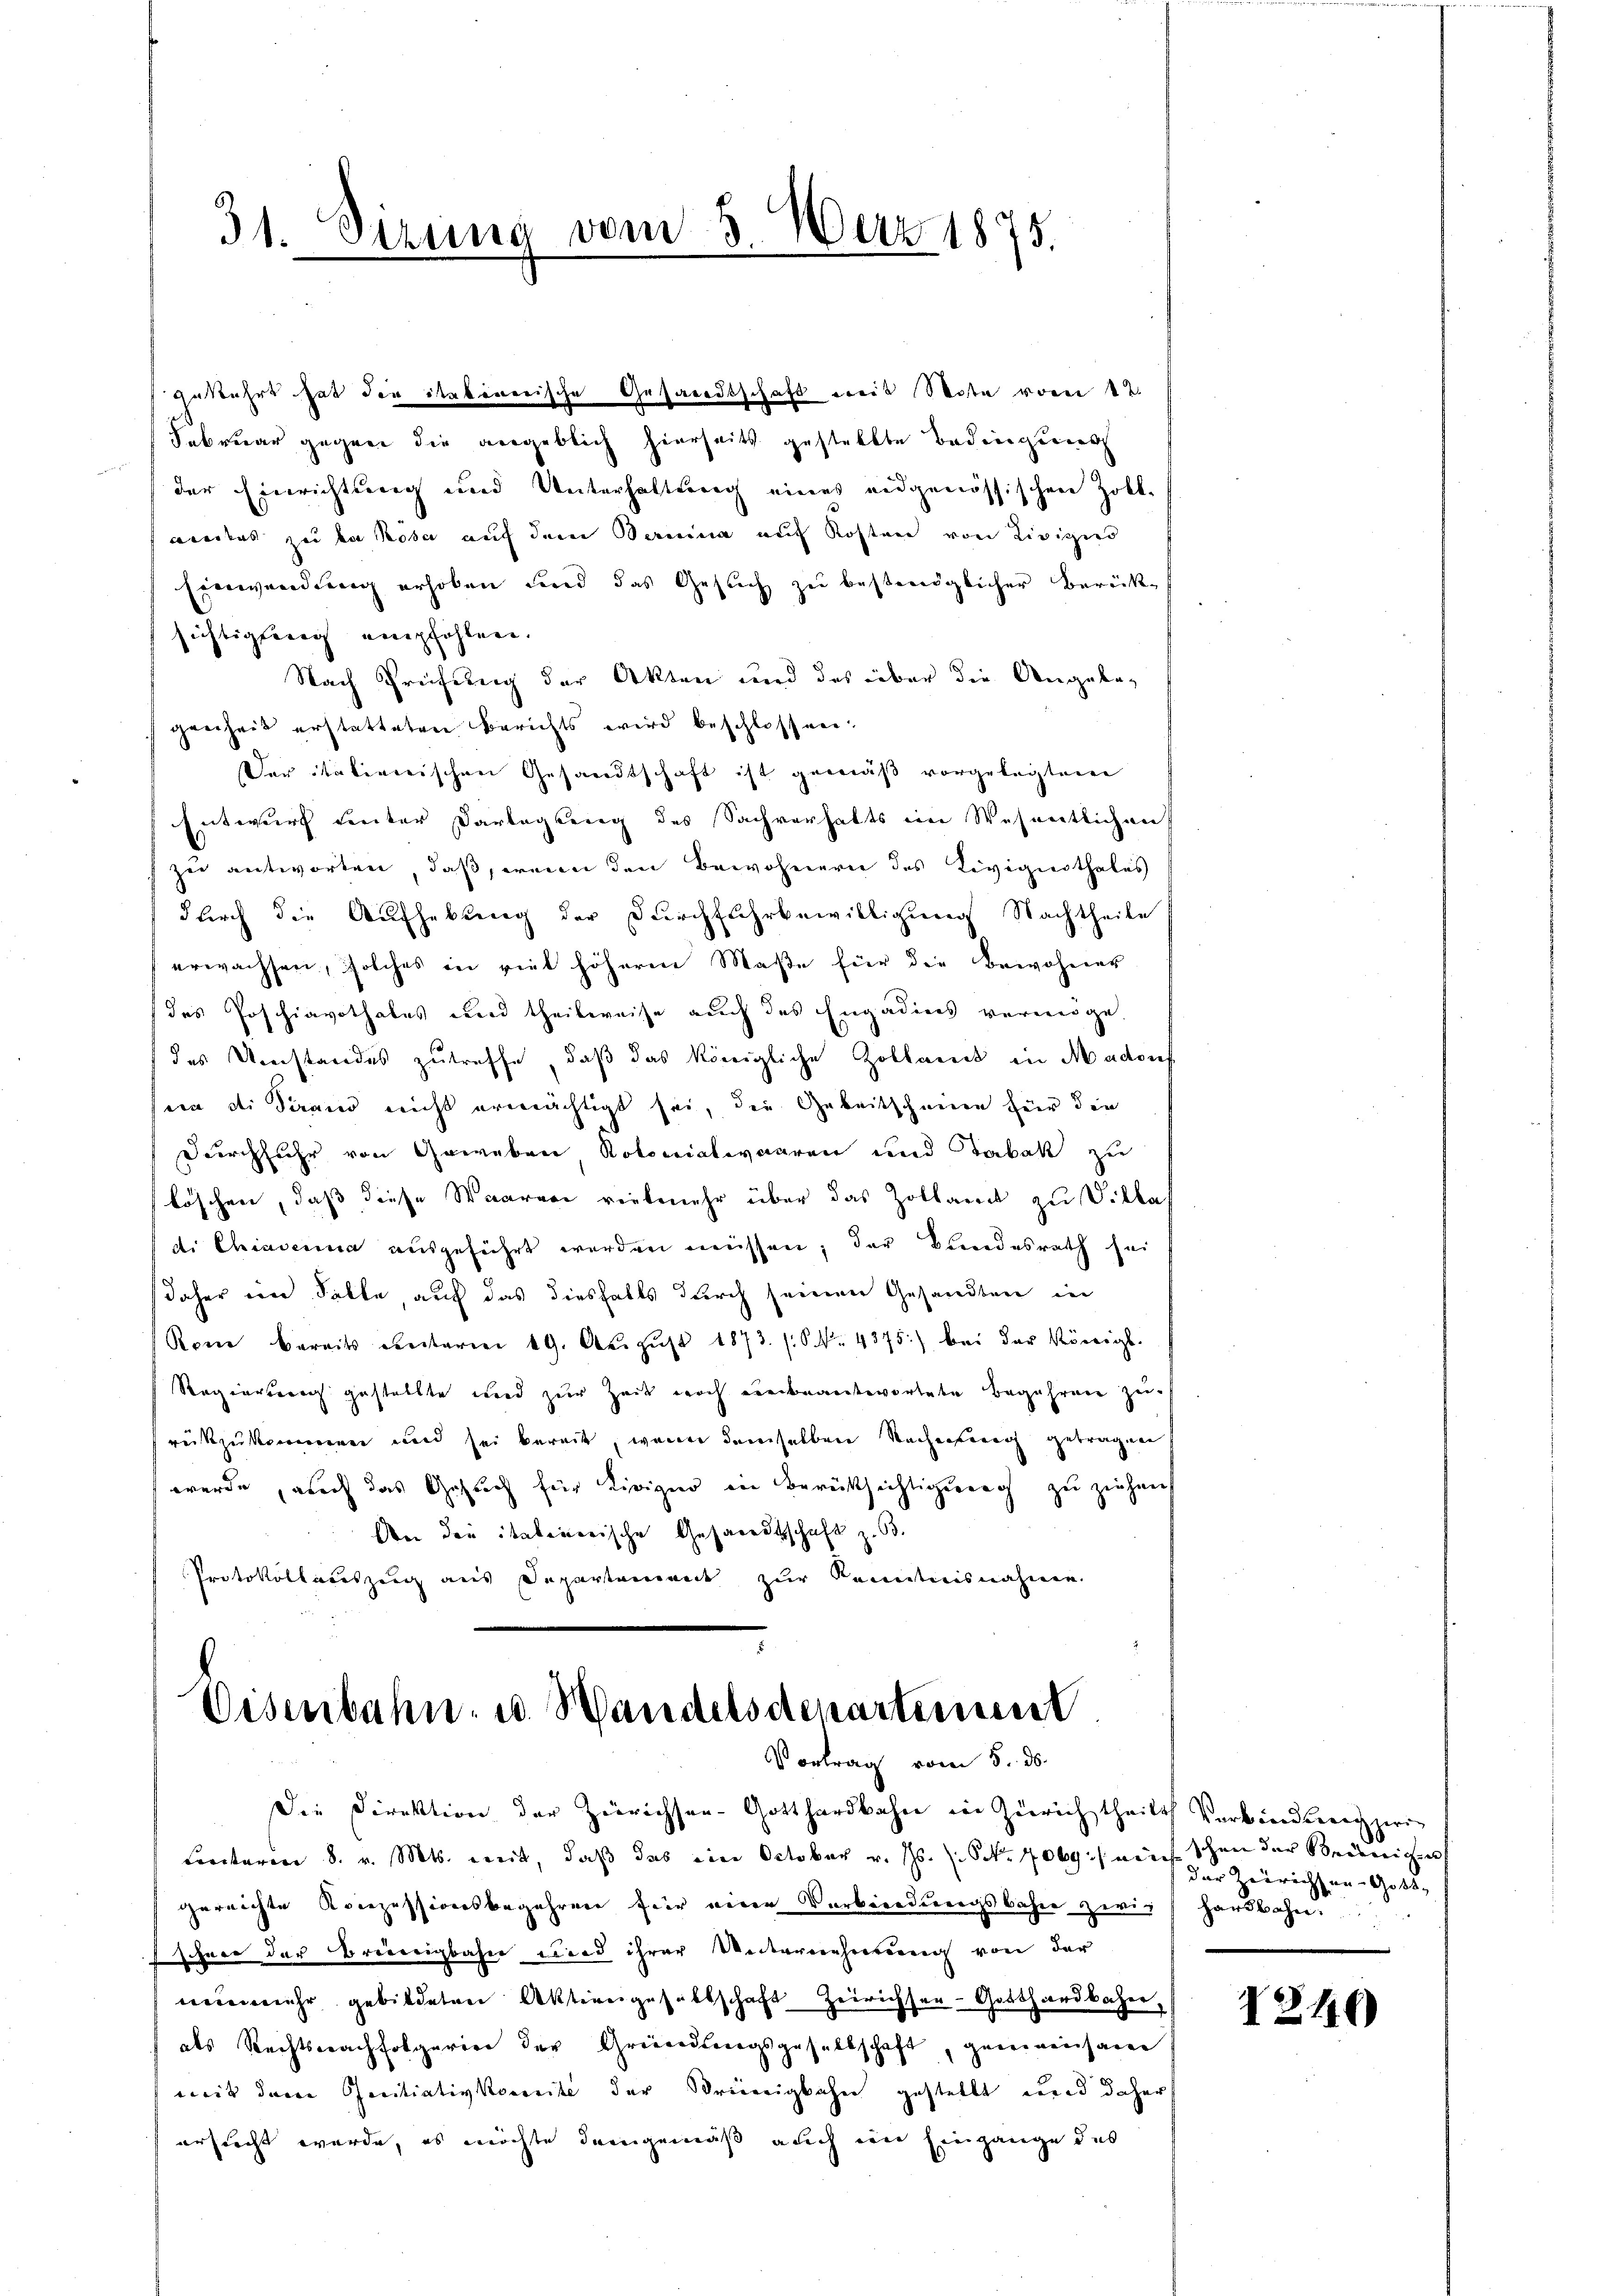
¬
31. Setzung vom 3. März 1875.

zu antworten, daß herein den Bewohnern des Livignothales
durch die Aufhebung der Durchfuhrbewilligung Nachtheile
erwachsen, solches in viel höheren Maße für die Bewohner
des Poschiavothales und theilweise auch das Engadines vermöge.
des Umstandes zutreffe, daß das königliche Zolland in Madon
sein die Seraus nicht ermächtigt sei, die Gebeitscheine für die
Durchfuhr von Geweben, Kolonialwaaren und Tabak zu
löschen, daß diese Waaren vielmehr über das Zollamt zu Villas
di Chiademia ausgeführt werden müssen; der Bundesrath sei
daher in Falte, auf das diesfalls durch seinen Gesandten in
Rom bereits ventarien 19. Aŭgŭst 1873. (S. 4375) bei der Königl.
Regierung gestellte und zur Zeit noch unbeantwortete Begehren zu
rückzukommen und sei bereit, wenn demselben Sachenberg getragen
werde, auch das Gesuch für Kirigin in Berücksichtigung zu ziehen
An die italinerische Gesandtschaft z. B.
Protokollatuszeig aus Departement zur Kenntnisnahmen.

gewahrt hat die itakinerische Gesandtschaft weis Note vom 1ten
Februar gegen die angeblich hierseits gestellte Bedingung
der Einrichtung und Unterhaltung eines eidgenössischen Zoll-
aedles zu la Rosa auf dem Bernina auf Kosten von Livizir
Einwendung erhoben und das Gesuch zu bestmöglicher Berücken
sichtigung empfohlen.
Nach Prüfung der Akten und das über die Angabegreiheit erstatteten Berichts wird beschlossen.
Der italienischen Gesandtschaft ist gemäß vorgelegten
Entwurf unter Darlegung des Sachverhalts im Wesentlichen

Disenbahn u. Wandelsdenartiessene
Vortrag vom 5. ds.

Die Direktion der Zürichser- Gotthardbahn in Zürich theilt Verbindezwei-
Coritaren 8. v. Mts. weit, daß das eine October v. Js. s. S. 7069) mich schon der Beeinigen
gereichte Konzessionsbegehren für eine Verbindungsbahn zwiz hardbahn.
schnee der Breinigbahn und ihrer Unternehmung von der
neinmehr gebildeten Aktiengesellschaft Zeirichsar-Gotthardbaher,
als Rechtsnachfolgerier der Gründungsgesellschaft, gemeinsam
weit den Creitiativkomite der Dreierigkahn gestellt und daher
ersucht wurde, es möchte demgemäß auch die Eingange das

der Zürichten Gott,

2146)